Indian journal of veterinary science and animal husbandry - Volumes 24-25, 1954-1955
Year: 1954
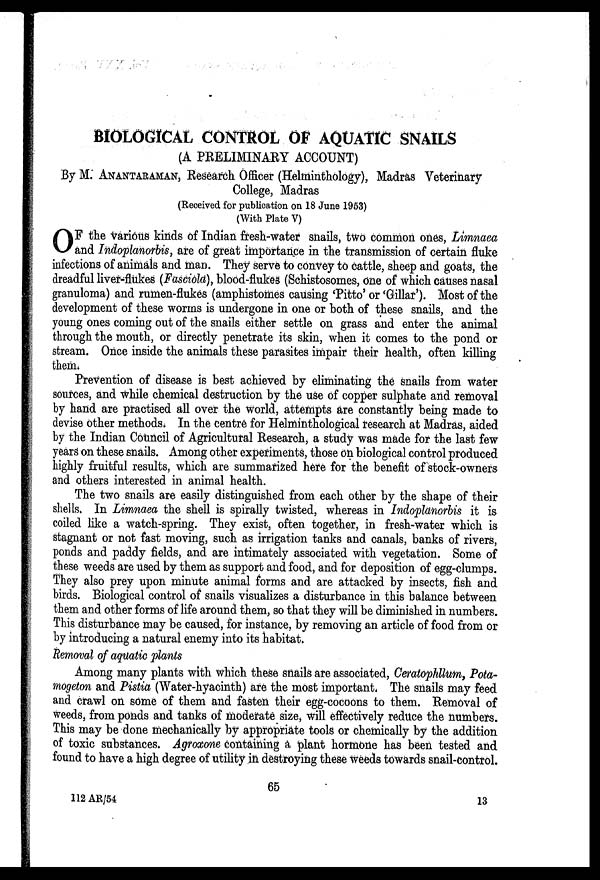
BIOLOGICAL CONTROL OF AQUATIC SNAILS
(A PRELIMINARY ACCOUNT)
By M. ANANTARAMAN, Research Officer (Helminthology), Madras Veterinary
College, Madras
(Received for publication on 18 June 1953)
(With Plate V)
O F the various kinds of Indian fresh-water snails, two common ones, Limnaea
and Indoplanorbis, are of great importance in the transmission of certain fluke
infections of animals and man. They serve to convey to cattle, sheep and goats, the
dreadful liver-flukes (Fasciola), blood-flukes (Schistosomes, one of which causes nasal
granuloma) and rumen-flukes (amphistomes causing 'Pitto' or 'Gillar'). Most of the
development of these worms is undergone in one or both of these snails, and the
young ones coming out of the snails either settle on grass and enter the animal
through the mouth, or directly penetrate its skin, when it comes to the pond or
stream. Once inside the animals these parasites impair their health, often killing
them.
Prevention of disease is best achieved by eliminating the snails from water
sources, and while chemical destruction by the use of copper sulphate and removal
by hand are practised all over the world, attempts are constantly being made to
devise other methods. In the centre for Helminthological research at Madras, aided
by the Indian Council of Agricultural Research, a study was made for the last few
years' on these snails. Among other experiments, those on biological control produced
highly fruitful results, which are summarized here for the benefit of stock-owners
and others interested in animal health.
The two snails are easily distinguished from each other by the shape of their
shells. In Limnaea the shell is spirally twisted, whereas in Indoplanorbis it is
coiled like a watch-spring. They exist, often together, in fresh-water which is
stagnant or not fast moving, such as irrigation tanks and canals, banks of rivers,
ponds and paddy fields, and are intimately associated with vegetation. Some of
these weeds are used by them as support and food, and for deposition of egg-clumps.
They also prey upon minute animal forms and are attacked by insects, fish and
birds. Biological control of snails visualizes a disturbance in this balance between
them and other forms of life around them, so that they will be diminished in numbers.
This disturbance may be caused, for instance, by removing an article of food from or
by introducing a natural enemy into its habitat.
Removal of aquatic plants
Among many plants with which these snails are associated, Ceratophllum, Pota-
mogeton and Pistia (Water-hyacinth) are the most important. The snails may feed
and crawl on some of them and fasten their egg-cocoons to them. Removal of
weeds, from ponds and tanks of moderate size, will effectively reduce the numbers.
This may be done mechanically by appropriate tools or chemically by the addition
of toxic substances. Agroxone containing a plant hormone has been tested and
found to have a high degree of utility in destroying these weeds towards snail-control.
65
112 AR/54
13